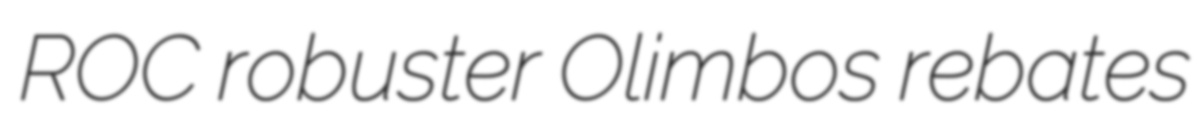
ROC robuster Olimbos rebates